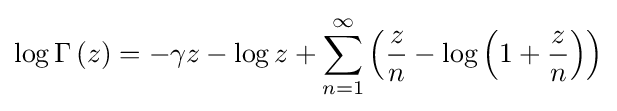
\log \Gamma \left(z\right)=-\gamma z-\log z+\sum _{n=1}^{\infty }\left({\frac {z}{n}}-\log \left(1+{\frac {z}{n}}\right)\right)